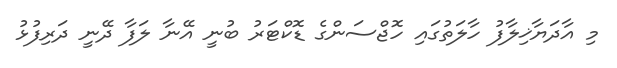
މި އާދަޔާޚިލާފު ހާލަތުގައި ހޮޖްސަންގެ ޑޮކްޓަރު ބުނީ އޭނާ ލަފާ ދޭނީ ދަރިފުޅު